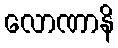
လောဏာနိ